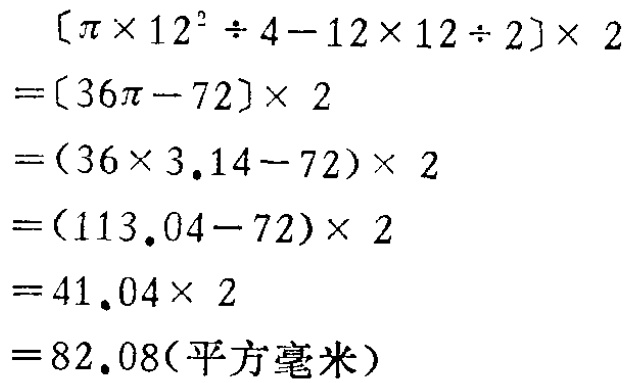
\[

\begin{align*}

&[\pi\times12^{2}\div4 - 12\times12\div2]\times2\\

=&[36\pi - 72]\times2\\

=&(36\times3.14 - 72)\times2\\

=&(113.04 - 72)\times2\\

=&41.04\times2\\

=&82.08(\text{平方毫米})

\end{align*}

\]